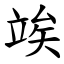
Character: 竢